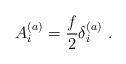
LaTeX: \begin{align*}A_i^{(a)} = \frac{f}{2} \delta_i^{(a)}~. \end{align*}